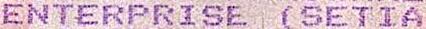
ENTERPRISE (SETIA